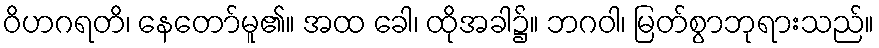
ဝိဟဂရတိ၊ နေတော်မူ၏။ အထ ခေါ၊ ထိုအခါ၌။ ဘဂဝါ၊ မြတ်စွာဘုရားသည်။